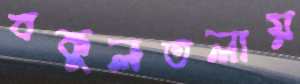
বকুলতলায়